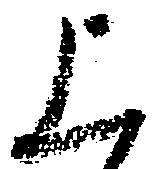
上